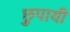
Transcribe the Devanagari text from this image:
छुपायी